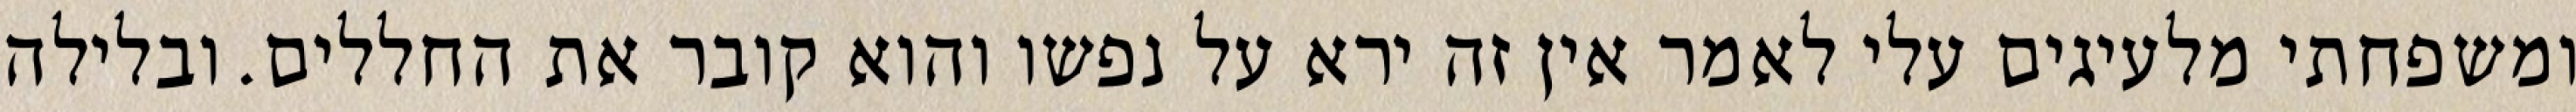
ומשפחתי מלעיגים עלי לאמר אין זה ירא על נפשו והוא קובר את החללים. ובלילה